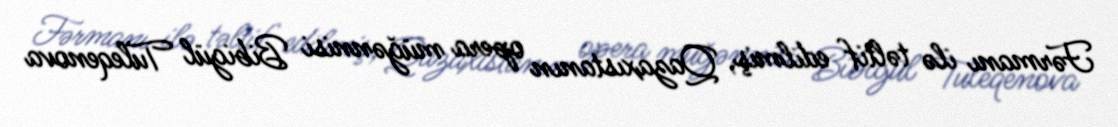
Fərmanı ilə təltif edilmiş, Qazaxıstanın opera müğənnisi Bibigül Tuleqenova